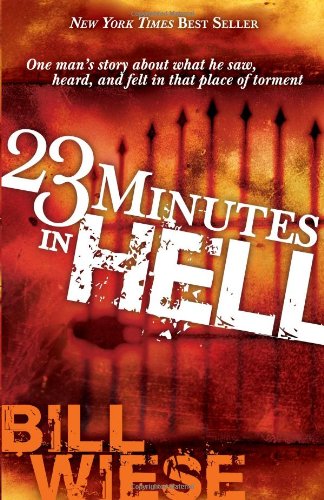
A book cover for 23 Minutes In Hell: One Man's Story About What He Saw, Heard, and Felt in that Place of Torment; Bill Wiese; Biographies & Memoirs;